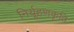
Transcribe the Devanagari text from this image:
निर्यूहणकृति